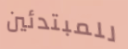
للمبتدئين